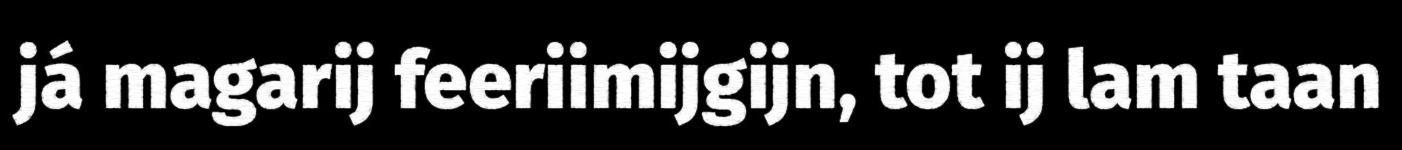
já magarij feeriimijgijn, tot ij lam taan